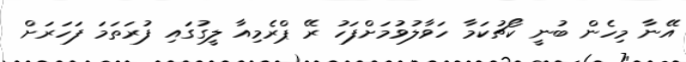
އޭނާ މިހެން ބުނީ ކޯޗުކަމާ ހަވާލުވުމަށްފަހު ރޭ ޕްރެމިއާ ލީގުގައި ފުރަތަމަ ފަހަރަށް